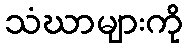
သံဃာများကို